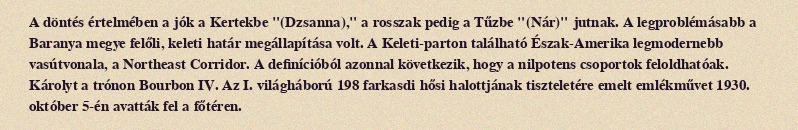
A döntés értelmében a jók a Kertekbe "(Dzsanna)," a rosszak pedig a Tűzbe "(Nár)" jutnak. A legproblémásabb a Baranya megye felőli, keleti határ megállapítása volt. A Keleti-parton található Észak-Amerika legmodernebb vasútvonala, a Northeast Corridor. A definícióból azonnal következik, hogy a nilpotens csoportok feloldhatóak. Károlyt a trónon Bourbon IV. Az I. világháború 198 farkasdi hősi halottjának tiszteletére emelt emlékművet 1930. október 5-én avatták fel a főtéren.